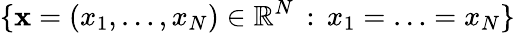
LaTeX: \{ \textbf{x}=(x_{1},\ldots,x_{N})\in\mathbb{R}^{N}\, :\, x_{1}=\ldots=x_{N}\}